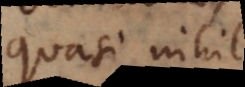
quasi nihil